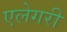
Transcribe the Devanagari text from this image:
एलेगरी